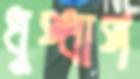
ধুপ্ধাপ